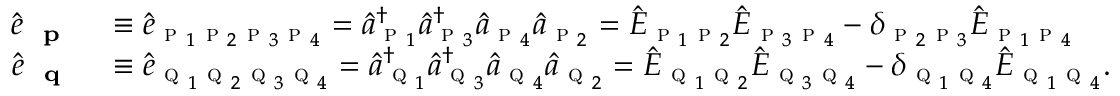
\begin{array} { r l } { \hat { e } _ { \textbf { \textsc { p } } } } & { \equiv \hat { e } _ { \textsc { p } _ { 1 } \textsc { p } _ { 2 } \textsc { p } _ { 3 } \textsc { p } _ { 4 } } = \hat { a } _ { \textsc { p } _ { 1 } } ^ { \dagger } \hat { a } _ { \textsc { p } _ { 3 } } ^ { \dagger } \hat { a } _ { \textsc { p } _ { 4 } } \hat { a } _ { \textsc { p } _ { 2 } } = \hat { E } _ { \textsc { p } _ { 1 } \textsc { p } _ { 2 } } \hat { E } _ { \textsc { p } _ { 3 } \textsc { p } _ { 4 } } - \delta _ { \textsc { p } _ { 2 } \textsc { p } _ { 3 } } \hat { E } _ { \textsc { p } _ { 1 } \textsc { p } _ { 4 } } } \\ { \hat { e } _ { \textbf { \textsc { q } } } } & { \equiv \hat { e } _ { \textsc { q } _ { 1 } \textsc { q } _ { 2 } \textsc { q } _ { 3 } \textsc { q } _ { 4 } } = \hat { a } _ { \textsc { q } _ { 1 } } ^ { \dagger } \hat { a } _ { \textsc { q } _ { 3 } } ^ { \dagger } \hat { a } _ { \textsc { q } _ { 4 } } \hat { a } _ { \textsc { q } _ { 2 } } = \hat { E } _ { \textsc { q } _ { 1 } \textsc { q } _ { 2 } } \hat { E } _ { \textsc { q } _ { 3 } \textsc { q } _ { 4 } } - \delta _ { \textsc { q } _ { 1 } \textsc { q } _ { 4 } } \hat { E } _ { \textsc { q } _ { 1 } \textsc { q } _ { 4 } } . } \end{array}